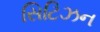
સિટિઝન